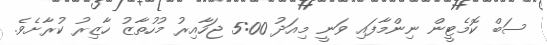
ސަބް ކޮމެޓީން ނިންމާފައި ވަނީ މިއަދު 5:00 ޖަހާއިރު މުހުތާޒު ހާޒިރު ކުރާށެވެ.